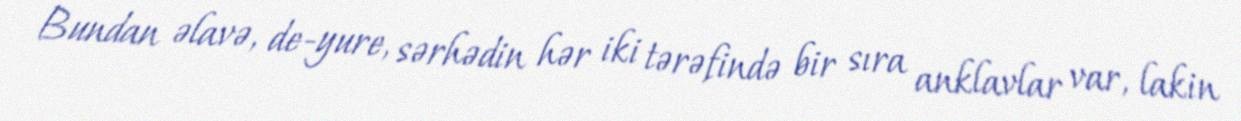
Bundan əlavə, de-yure, sərhədin hər iki tərəfində bir sıra anklavlar var, lakin